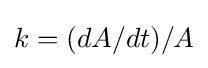
k=(dA/dt)/A